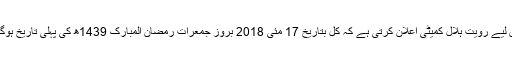
اس لیے رویت ہلال کمیٹی اعلان کرتی ہے کہ کل بتاریخ 17 مئی 2018 بروز جمعرات رمضان المبارک 1439ھ کی پہلی تاریخ ہوگی۔